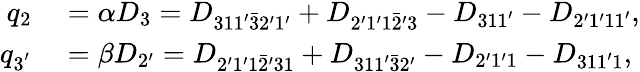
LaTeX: \begin{array}{rl}{q_{2}}&{{}=\alpha{D_{3}}={D_{311^{\prime}\bar{3}2^{\prime}1^{\prime}}}+{D_{2^{\prime}1^{\prime}1\bar{2}^{\prime}3}}-{D_{311^{\prime}}}-{D_{2^{\prime}1^{\prime}11^{\prime}}},}\\ {q_{3^{'}}}&{{}=\beta{D_{2^{\prime}}}={D_{2^{\prime}1^{\prime}1\bar{2}^{\prime}31}}+{D_{311^{\prime}\bar{3}2^{\prime}}}-{D_{2^{\prime}1^{\prime}1}}-{D_{311^{\prime}1}},}\end{array}